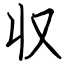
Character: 収